Report on vaccination proceedings throughout the Government of Bengal -
Year: 1868
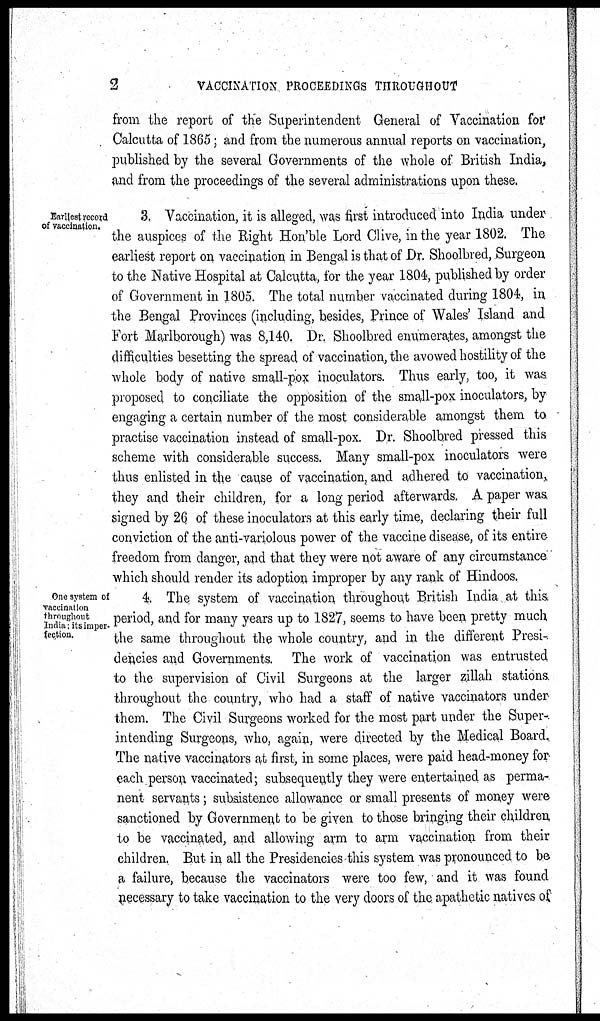
2
VACCINATION PROCEEDINGS THROUGHOUT
from the report of the Superintendent General of Vaccination for
Calcutta of 1865; and from the numerous annual reports on vaccination,
published by the several Governments of the whole of British India,
and from the proceedings of the several administrations upon these.
Earliest record
of vaccination.
3. Vaccination, it is alleged, was first introduced into India under
the auspices of the Right Hon'ble Lord Clive, in the year 1802. The
earliest report on vaccination in Bengal is that of Dr. Shoolbred, Surgeon
to the Native Hospital at Calcutta, for the year 1804, published by order
of Government in 1805. The total number vaccinated during 1804, in
the Bengal Provinces (including, besides, Prince of Wales' Island and
Fort Marlborough) was 8,140. Dr. Shoolbred enumerates, amongst the
difficulties besetting the spread of vaccination, the avowed hostility of the
whole body of native small-pox inoculators. Thus early, too, it was
proposed to conciliate the opposition of the small-pox inoculators, by
engaging a certain number of the most considerable amongst them to
practise vaccination instead of small-pox. Dr. Shoolbred pressed this
scheme with considerable success. Many small-pox inoculators were
thus enlisted in the cause of vaccination, and adhered to vaccination,
they and their children, for a long period afterwards. A paper was
signed by 26 of these inoculators at this early time, declaring their full
conviction of the anti-variolous power of the vaccine disease, of its entire
freedom from danger, and that they were not aware of any circumstance
which should render its adoption improper by any rank of Hindoos.
One system of
vaccination
throughout
India. its imper¬
fection.
4. The system of vaccination throughout British India at this
period, and for many years up to 1827, seems to have been pretty much
the same throughout the whole country, and in the different Presi-
dencies and Governments. The work of vaccination was entrusted
to the supervision of Civil Surgeons at the larger zillah stations
throughout the country, who had a staff of native vaccinators under
them. The Civil Surgeons worked for the most part under the Super-
intending Surgeons, who, again, were directed by the Medical Board,
The native vaccinators at first, in some places, were paid head-money for
each person vaccinated; subsequently they were entertained as perma-
nent servants; subsistence allowance or small presents of money were
sanctioned by Government to be given to those bringing their children
to be vaccinated, and allowing arm to arm vaccination from their
children. But in all the Presidencies this system was pronounced to be
a failure, because the vaccinators were too few, and it was found
necessary to take vaccination to the very doors of the apathetic natives of